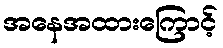
အနေအထားကြောင့်